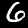
Label: 6